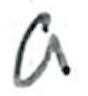
Text: a
Cross-out: clean
Writing tool: ballpoint